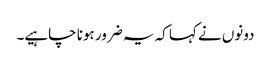
دونوں نے کہا کہ یہ ضرور ہونا چاہیے۔